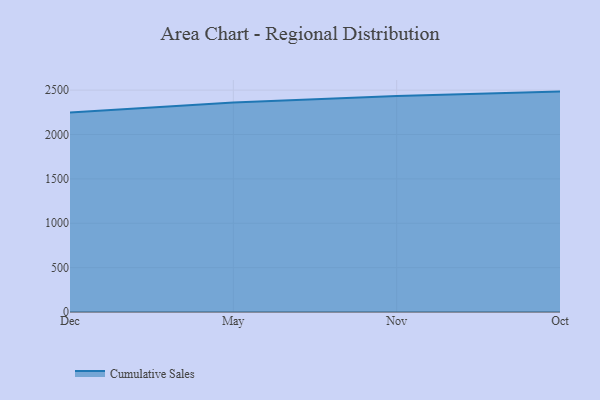
{"axis": {"x": "Month", "y": "Customer Acquisition Cost (USD)"}, "legend": ["Cumulative Sales"], "data": [{"x": "Dec", "y": 2249.3, "type": "Cumulative Sales"}, {"x": "May", "y": 2359.7, "type": "Cumulative Sales"}, {"x": "Nov", "y": 2433.2, "type": "Cumulative Sales"}, {"x": "Oct", "y": 2483.5, "type": "Cumulative Sales"}]}